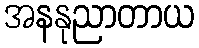
အနနုညာတာယ